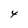
Character: 4